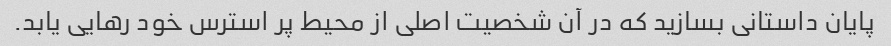
پایان داستانی بسازید که در آن شخصیت اصلی از محیط پر استرس خود رهایی یابد.